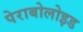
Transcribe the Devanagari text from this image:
पेराबोलोइड